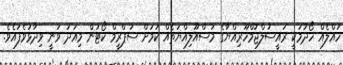
ހައްލެއް ހޯދުމަކީ ރައީސުލްޖުމްހޫރިއްޔާގެ މަސްއޫލިއްޔަތެއް ކަމަށް ސުޕްރީމް ކޯޓުން މިއަދު ވަނީ ވިދާޅުވެފައެވެ.